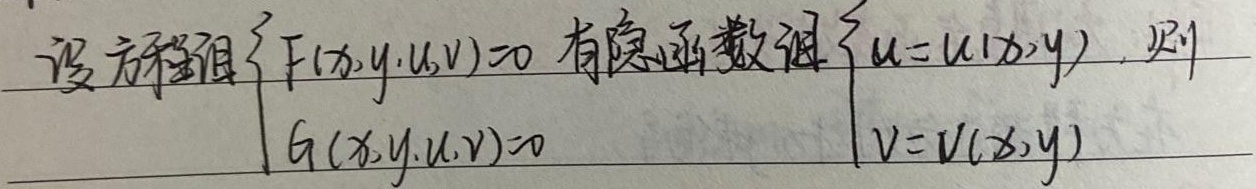
设方程组
\[\begin{cases}
F(x,y,u,v)=0\\
G(x,y,u,v)=0
\end{cases}\]
有隐函数组
\[\begin{cases}
u = u(x,y)\\
v = v(x,y)
\end{cases}\]，则